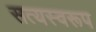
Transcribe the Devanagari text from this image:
सत्‍यस्‍वरूप